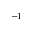
^ { - 1 }